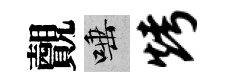
覿唾烤